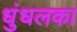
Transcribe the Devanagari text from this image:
धुंधलका